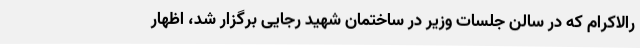
رالاکرام که در سالن جلسات وزیر در ساختمان شهید رجایی برگزار شد، اظهار